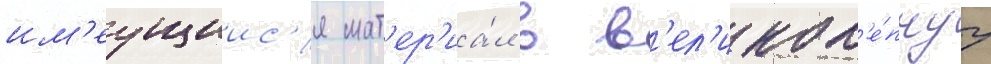
им'еущиис'я мат'ер'иа́л в в'ел'икол'е́пнуу